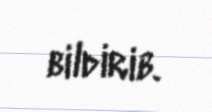
bildirib.